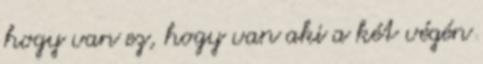
hogy van ez, hogy van aki a két végén